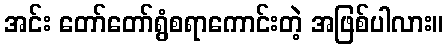
အင်း တော်တော်ရွံစရာကောင်းတဲ့ အဖြစ်ပါလား။